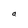
Character: a